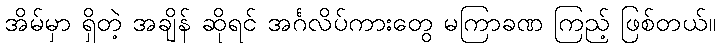
အိမ်မှာ ရှိတဲ့ အချိန် ဆိုရင် အင်္ဂလိပ်ကားတွေ မကြာခဏ ကြည့် ဖြစ်တယ်။